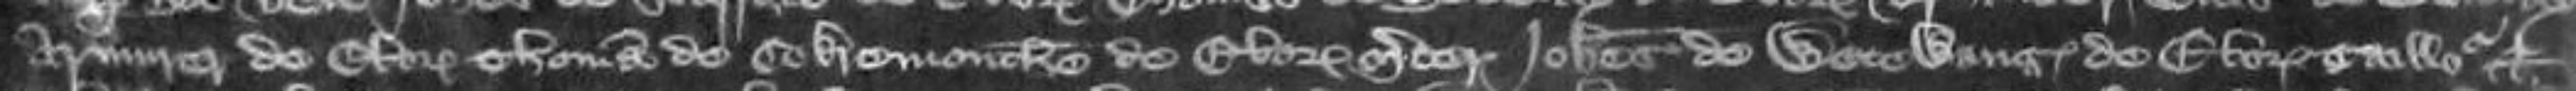
Armurer de Eboracum Thomas de Cokemonthe de Eboracum Johannes de Wetewang de Eboracum Caillo